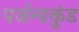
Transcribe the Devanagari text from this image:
पर्जन्यकुंड